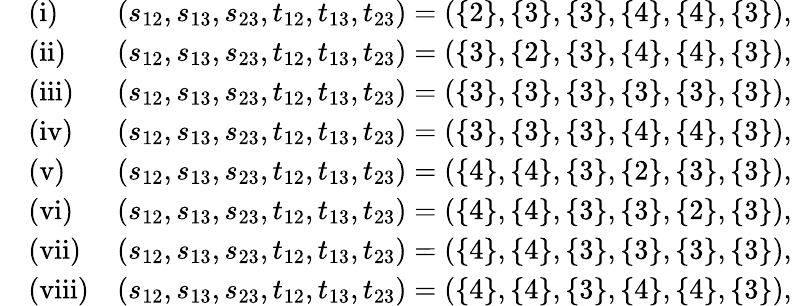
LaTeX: \begin{array}{rlr}&{\mathrm{(i)}}&{(s_{12},s_{13},s_{23},t_{12},t_{13},t_{23})=(\{ 2\} ,\{ 3\} ,\{ 3\} ,\{ 4\} ,\{ 4\} ,\{ 3\} ),}\\ &{\mathrm{(ii)}}&{(s_{12},s_{13},s_{23},t_{12},t_{13},t_{23})=(\{ 3\} ,\{ 2\} ,\{ 3\} ,\{ 4\} ,\{ 4\} ,\{ 3\} ),}\\ &{\mathrm{(iii)}}&{(s_{12},s_{13},s_{23},t_{12},t_{13},t_{23})=(\{ 3\} ,\{ 3\} ,\{ 3\} ,\{ 3\} ,\{ 3\} ,\{ 3\} ),}\\ &{\mathrm{(iv)}}&{(s_{12},s_{13},s_{23},t_{12},t_{13},t_{23})=(\{ 3\} ,\{ 3\} ,\{ 3\} ,\{ 4\} ,\{ 4\} ,\{ 3\} ),}\\ &{\mathrm{(v)}}&{(s_{12},s_{13},s_{23},t_{12},t_{13},t_{23})=(\{ 4\} ,\{ 4\} ,\{ 3\} ,\{ 2\} ,\{ 3\} ,\{ 3\} ),}\\ &{\mathrm{(vi)}}&{(s_{12},s_{13},s_{23},t_{12},t_{13},t_{23})=(\{ 4\} ,\{ 4\} ,\{ 3\} ,\{ 3\} ,\{ 2\} ,\{ 3\} ),}\\ &{\mathrm{(vii)}}&{(s_{12},s_{13},s_{23},t_{12},t_{13},t_{23})=(\{ 4\} ,\{ 4\} ,\{ 3\} ,\{ 3\} ,\{ 3\} ,\{ 3\} ),}\\ &{\mathrm{(viii)}}&{(s_{12},s_{13},s_{23},t_{12},t_{13},t_{23})=(\{ 4\} ,\{ 4\} ,\{ 3\} ,\{ 4\} ,\{ 4\} ,\{ 3\} ),}\end{array}